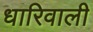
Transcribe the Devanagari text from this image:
धारिवाली